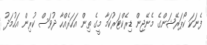
ފެނަކަ ކޯޕަރޭޝަންގެ މެނޭޖިން ޑިރެކްޓަރުކަމާ މީގެ ތިން އަހަރެއްހާ ދުވަސް ކުރިން އަހުމަދު